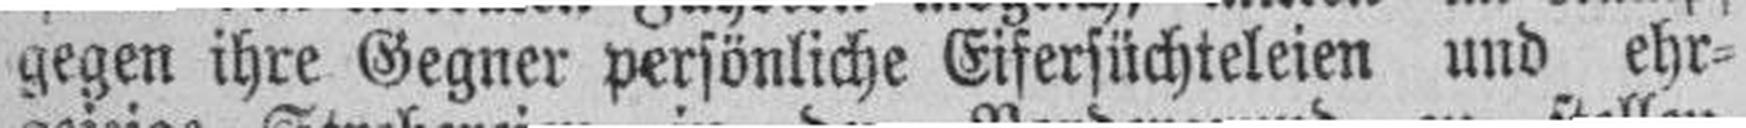
gegen ihre Gegner persönliche Eifersüchteleien und ehr¬